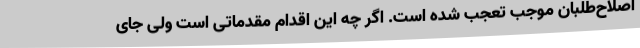
اصلاح‌طلبان موجب تعجب شده است. اگر چه این اقدام مقدماتی است ولی جای